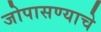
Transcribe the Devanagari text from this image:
जोपासण्याचे